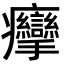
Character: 癴